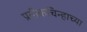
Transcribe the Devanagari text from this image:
प्रतीकचिन्हाच्या